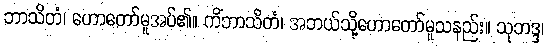
ဘာသိတံ၊ ဟောတော်မူအပ်၏။ ကိံဘာသိတံ၊ အဘယ်သို့ဟောတော်မူသနည်း။ သုဘဒ္ဒ၊